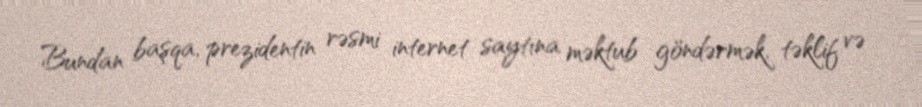
Bundan başqa, prezidentin rəsmi internet saytına məktub göndərmək, təklif və